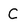
Character: C